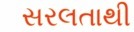
સરલતાથી